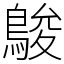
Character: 鵔